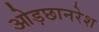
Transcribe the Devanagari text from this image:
ओड़छानरेश